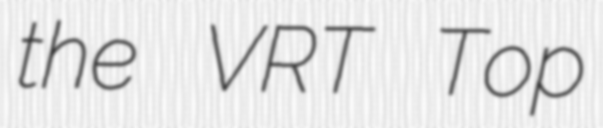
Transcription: the VRT Top